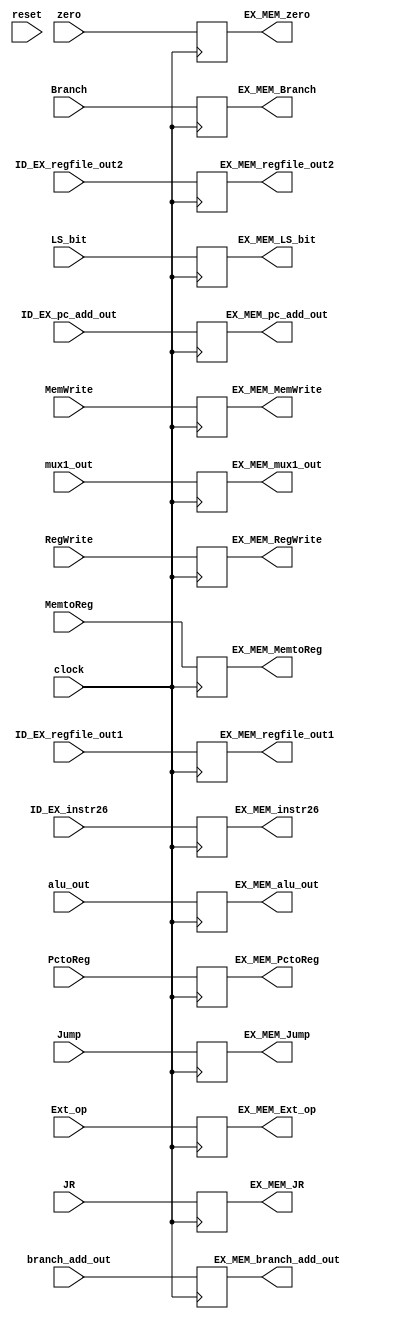
module EX_MEM (
    clock, 
    reset,

    LS_bit,
    Branch, 
    MemtoReg, 
    MemWrite, 
    RegWrite, 
    Jump,
    Ext_op,
    PctoReg,
    JR,
    branch_add_out, 
    zero, 
    ID_EX_pc_add_out,
    ID_EX_instr26,
    alu_out, 
    ID_EX_regfile_out1,
    ID_EX_regfile_out2, 
    mux1_out,

    EX_MEM_LS_bit,
    EX_MEM_Branch,
    EX_MEM_MemtoReg,
    EX_MEM_MemWrite,
    EX_MEM_RegWrite,
    EX_MEM_Jump,
    EX_MEM_Ext_op,
    EX_MEM_PctoReg,
    EX_MEM_JR,
    EX_MEM_branch_add_out,
    EX_MEM_zero,
    EX_MEM_pc_add_out,
    EX_MEM_instr26,
    EX_MEM_alu_out,
    EX_MEM_regfile_out1,
    EX_MEM_regfile_out2,
    EX_MEM_mux1_out
    );

    input          clock;
    input          reset;

    // Controller signal
    input       [ 1: 0] LS_bit;
    input       [ 1: 0] Branch;
    input               MemtoReg;
    input               MemWrite;
    input               RegWrite;
    input               Jump;
    input               Ext_op;
    input               PctoReg;
    input               JR;

    // Others
    input       [31: 0] branch_add_out;
    input               zero;
    input       [31: 0] ID_EX_pc_add_out;
    input       [25: 0] ID_EX_instr26;
    input       [31: 0] alu_out;
    input       [31: 0] ID_EX_regfile_out1;
    input       [31: 0] ID_EX_regfile_out2;
    input       [ 4: 0] mux1_out;

    output reg  [ 1: 0] EX_MEM_LS_bit;        
    output reg  [ 1: 0] EX_MEM_Branch;        
    output reg          EX_MEM_MemtoReg;      
    output reg          EX_MEM_MemWrite;      
    output reg          EX_MEM_RegWrite;      
    output reg          EX_MEM_Jump;
    output reg          EX_MEM_Ext_op;        
    output reg          EX_MEM_PctoReg;    
    output reg          EX_MEM_JR;   
    output reg  [31: 0] EX_MEM_branch_add_out;
    output reg          EX_MEM_zero;
    output reg  [31: 0] EX_MEM_pc_add_out;
    output reg  [25: 0] EX_MEM_instr26;
    output reg  [31: 0] EX_MEM_alu_out;
    output reg  [31: 0] EX_MEM_regfile_out1;
    output reg  [31: 0] EX_MEM_regfile_out2;
    output reg  [ 4: 0] EX_MEM_mux1_out;

    // always @(negedge reset) begin
    //     EX_MEM_pc_add_out       <= 32'h0000_3004;
    // end

    always @(posedge clock) 
    begin
        EX_MEM_LS_bit           <=  LS_bit;
        EX_MEM_Branch           <=  Branch;
        EX_MEM_MemtoReg         <=  MemtoReg;
        EX_MEM_MemWrite         <=  MemWrite;
        EX_MEM_RegWrite         <=  RegWrite;
        EX_MEM_Jump             <=  Jump;
        EX_MEM_Ext_op           <=  Ext_op;
        EX_MEM_PctoReg          <=  PctoReg;
        EX_MEM_JR               <=  JR;
        EX_MEM_branch_add_out   <=  branch_add_out;
        EX_MEM_zero             <=  zero;
        EX_MEM_pc_add_out       <=  ID_EX_pc_add_out;
        EX_MEM_instr26          <=  ID_EX_instr26;
        EX_MEM_alu_out          <=  alu_out;
        EX_MEM_regfile_out1     <=  ID_EX_regfile_out1;
        EX_MEM_regfile_out2     <=  ID_EX_regfile_out2;
        EX_MEM_mux1_out         <=  mux1_out;
    // $display("%h", EX_MEM_out[74:43]);
    end

    // reset signal to control pc before pipeline full
    // ensure Branch and jump is 0

endmodule //EX_MEM